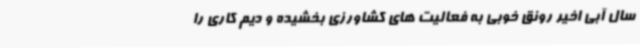
سال آبی اخیر رونق خوبی به فعالیت های کشاورزی بخشیده و دیم کاری را